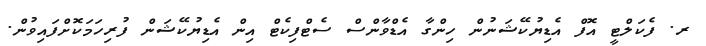
ރ. ފެކަލްޓީ އޮފް އެޑިޔުކޭޝަނުން ހިންގާ އެޑްވާންސް ސެޓްފިކެޓް އިން އެޑިޔުކޭޝަން ފުރިހަމަކޮށްފައިވުން.